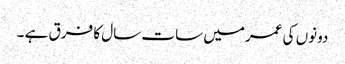
دونوں کی عمرمیں سات سال کا فرق ہے ۔